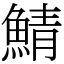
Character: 鯖